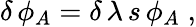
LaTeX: \delta\, \phi_{A}=\delta\, \lambda\, s\, \phi_{A}\; ,